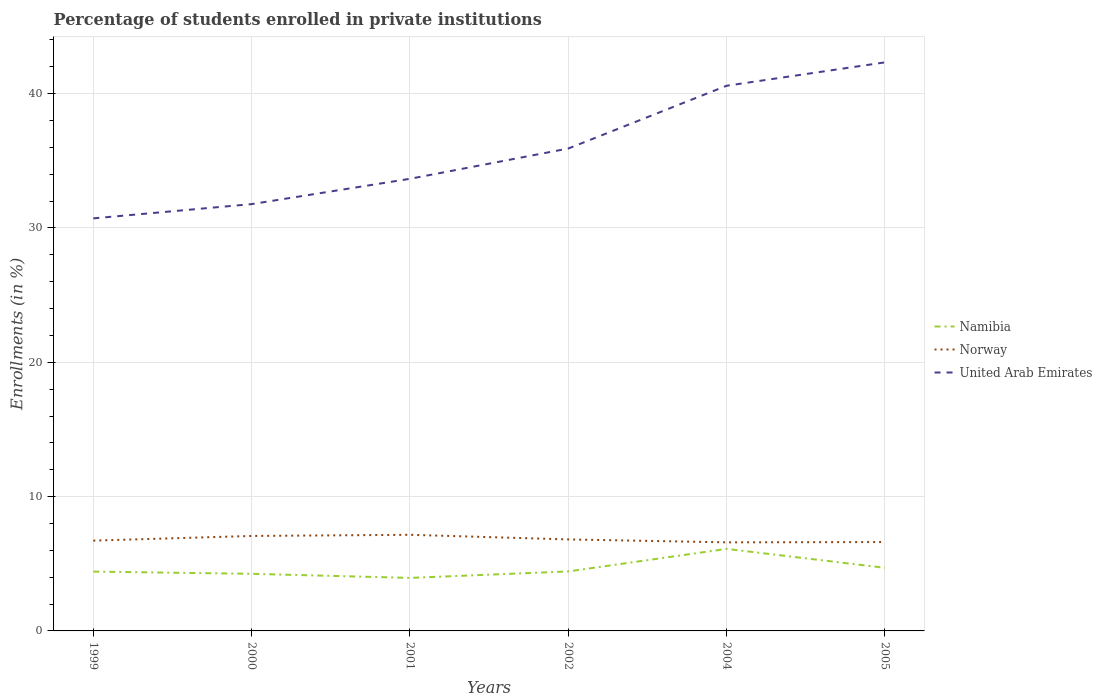
| Years | Namibia | Norway | United Arab Emirates |
 | --- | --- | --- | --- |
 | 1999 | 4.42 | 6.72 | 30.7 |
 | 2000 | 4.25 | 7.07 | 31.8 |
 | 2001 | 3.95 | 7.16 | 33.7 |
 | 2002 | 4.43 | 6.81 | 35.9 |
 | 2004 | 6.11 | 6.59 | 40.6 |
 | 2005 | 4.7 | 6.62 | 42.3 |